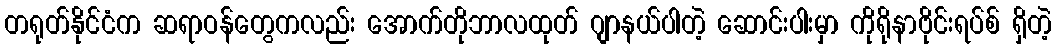
တရုတ်နိုင်ငံက ဆရာဝန်တွေကလည်း အောက်တိုဘာလထုတ် ဂျာနယ်ပါတဲ့ ဆောင်းပါးမှာ ကိုရိုနာဗိုင်းရပ်စ် ရှိတဲ့